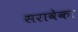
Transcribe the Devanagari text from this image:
सरावेका